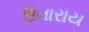
ઉતારાય